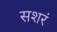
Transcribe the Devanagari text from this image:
सशरं